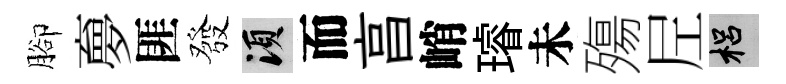
腳夣匪發須而亯峭璿未殤𡰱梠